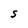
Character: S